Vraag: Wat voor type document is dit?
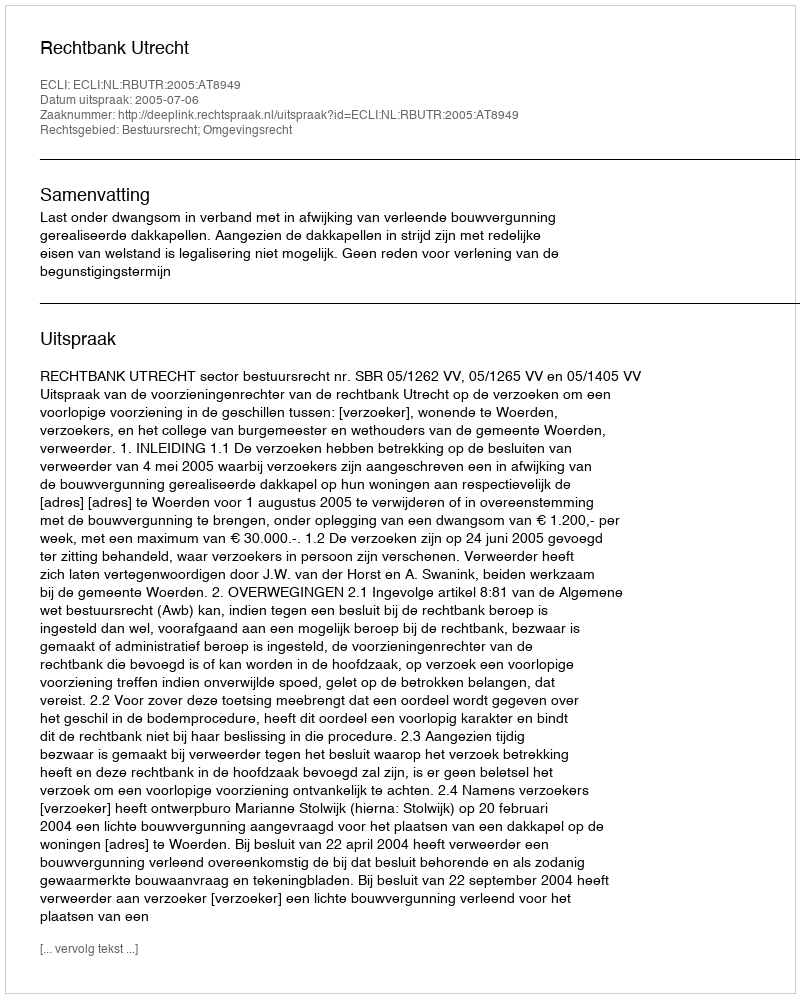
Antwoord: Uitspraak